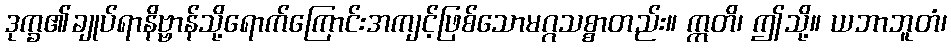
ဒုက္ခ၏ချုပ်ရာနိဗ္ဗာန်သို့ရောက်ကြောင်းအကျင့်ဖြစ်သောမဂ္ဂသစ္စာတည်း။ ဣတိ၊ ဤသို့။ ယဘာဘူတံ၊